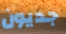
جديون